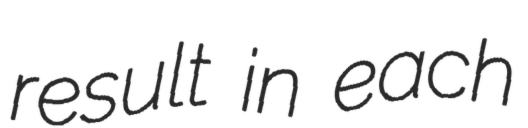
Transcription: result in each